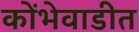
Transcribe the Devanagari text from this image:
कोंभेवाडीत